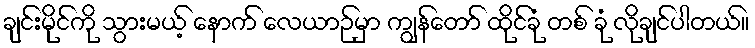
ချင်းမိုင်ကို သွားမယ့် နောက် လေယာဉ်မှာ ကျွန်တော် ထိုင်ခုံ တစ် ခုံ လိုချင်ပါတယ်။